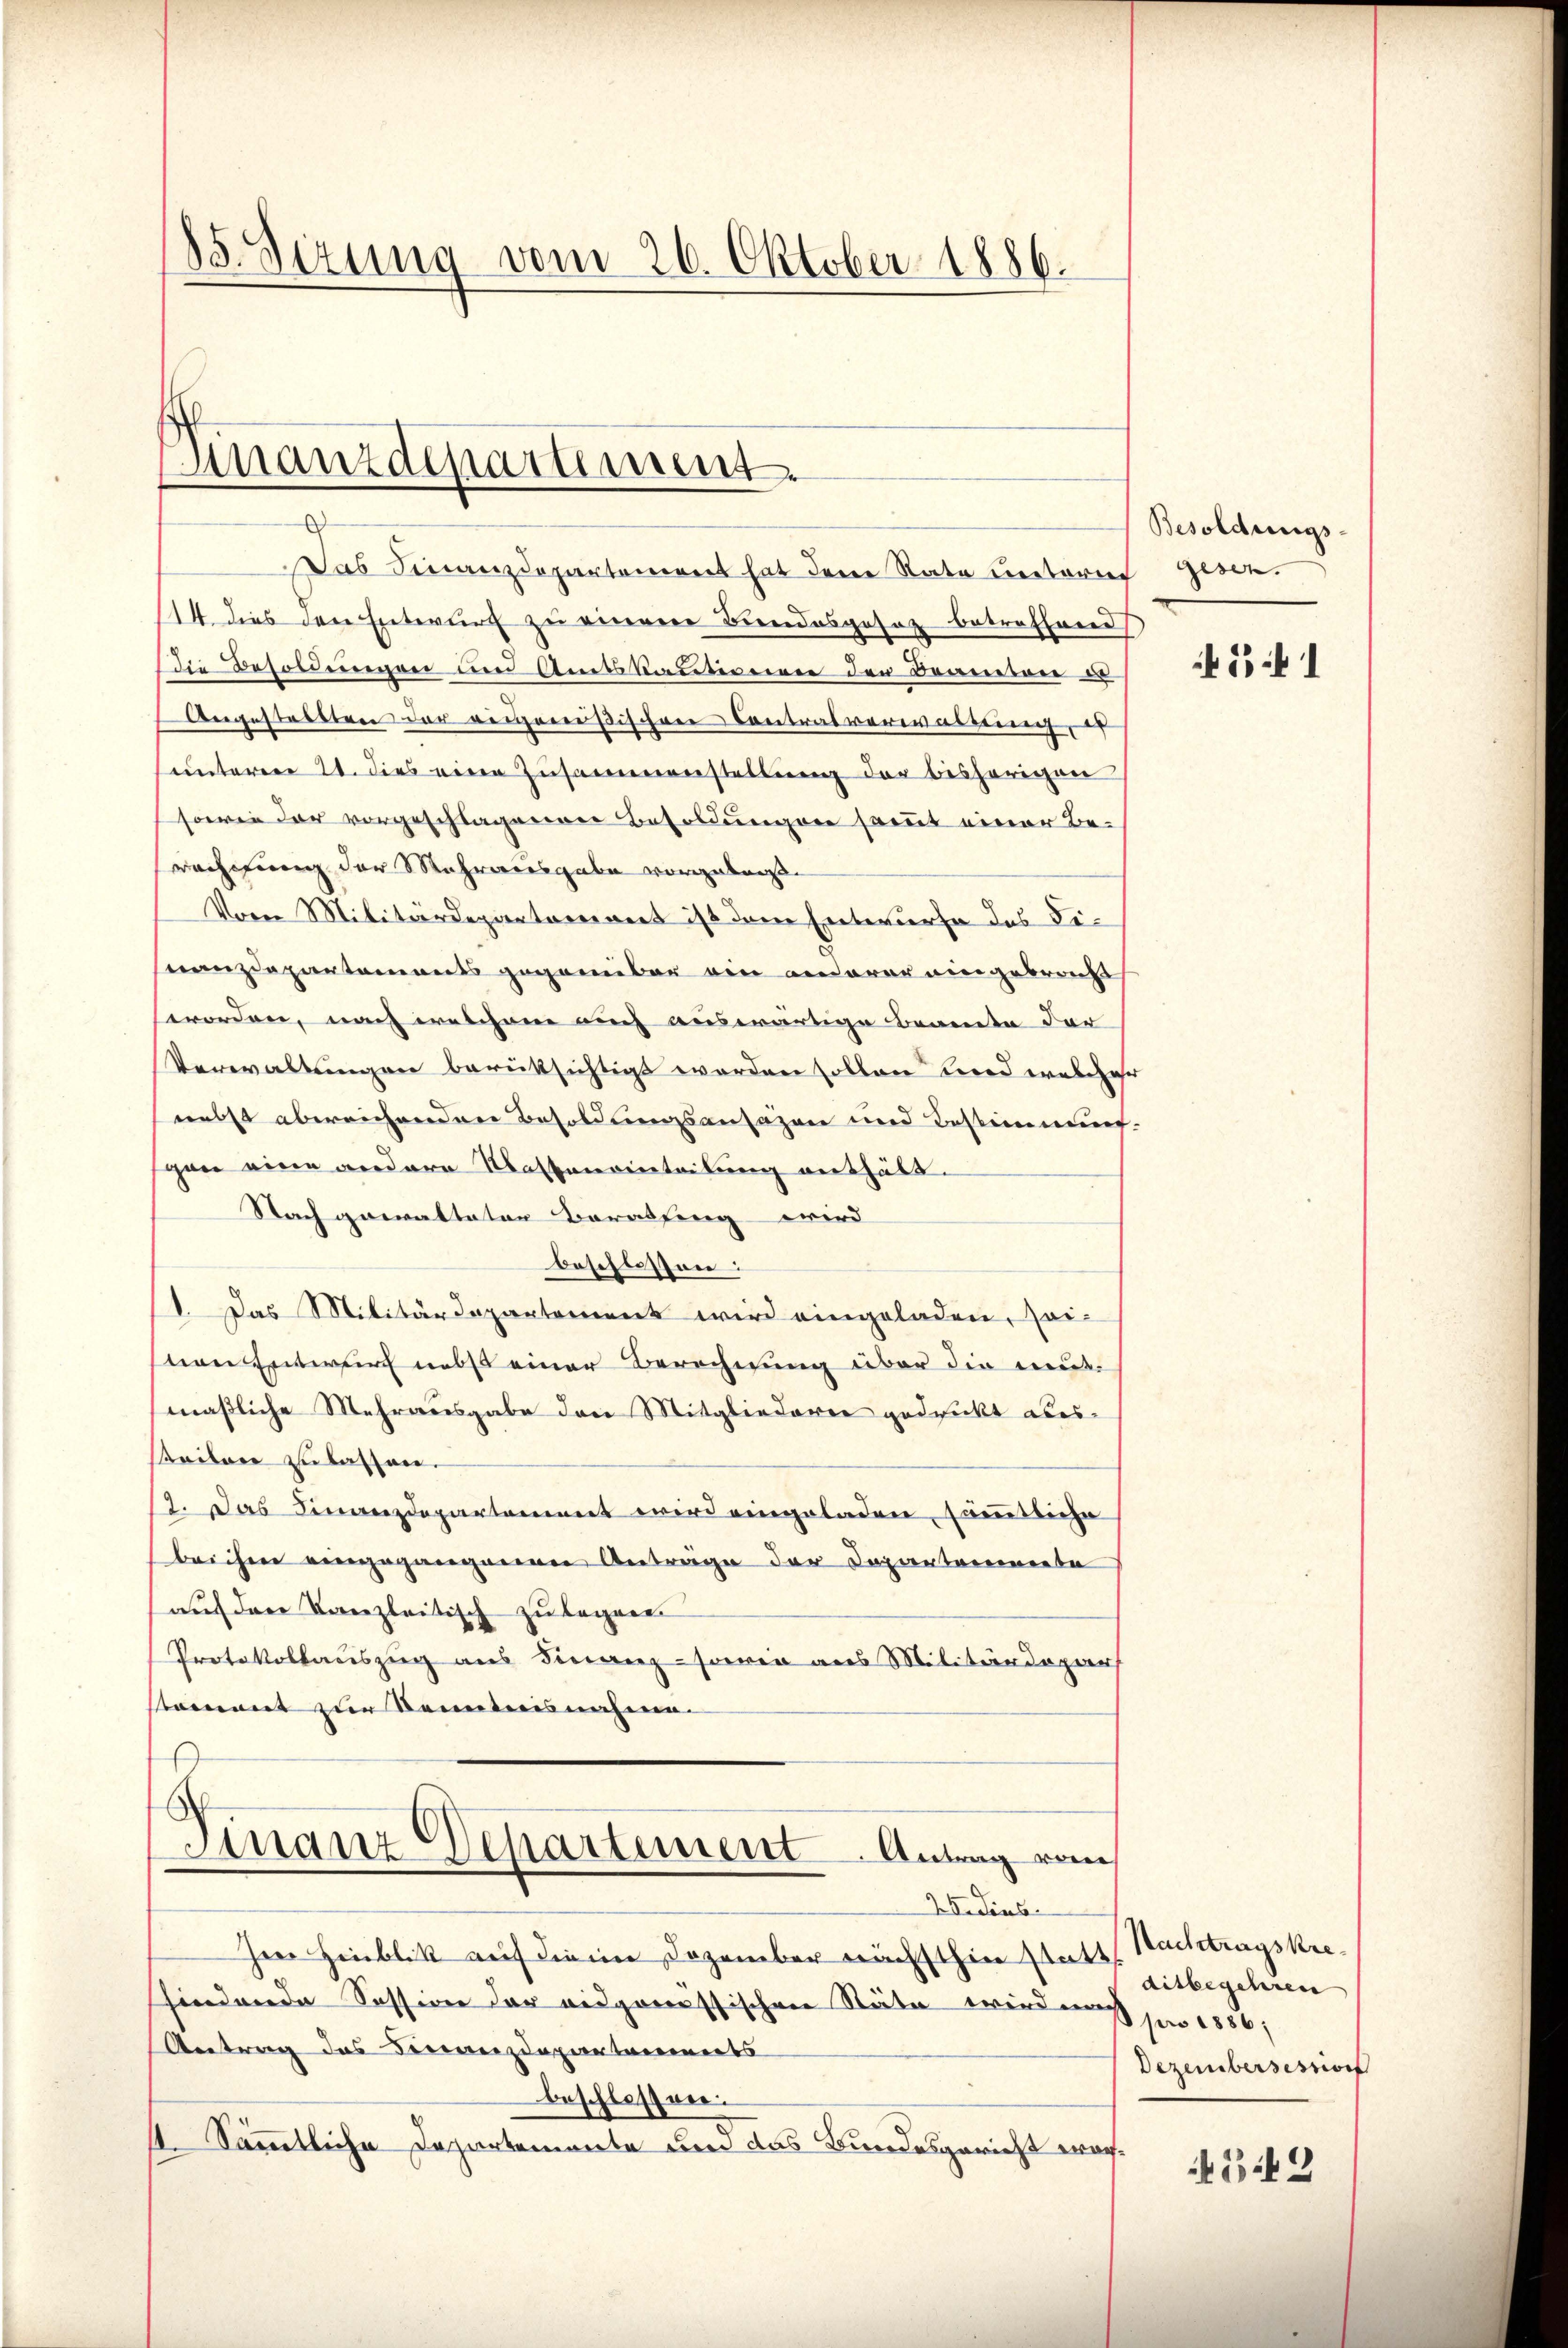
Das Finanzdepartement hat dem Rate unteres gesen.
14. dies den Entwurf zu einere Bundesgesaz betreffend
Die Besoldungen und Amtskautission den Beamten u
Angestellten der ausgenößischen Contralverwaltung, es
unteren 21. dies eine Zusammenstellung der bisherigen
sowie der vorgeschlagener Besoldungen samt einer Berachtung der Mehrausgabe vorgebniß¬
Vom Militärdepartement ist dem Entwurfe des Fisnanzdepartements gegenüber ein anderer eingebracht
worden, nach welchem auch auswärtige Beamte der
Verwaltungen berüksichtigt worden sollen Bord eracher
nebst abweichenden Besoldungsansazen und Bestimmung.
gen eine andere Masseneinteilung aushält.
Nach gewalteten Beratsing wird
beschlossen:
1. Das Militärdepartement wird eingeladen, seivon Entwurf nebst einer Berechnung über die neutmaßliche Mehrausgabe den Mitgliederer gedruckt aberteilen zu lassen.
17. Das Finanzdepartement wird eingeladen, sämmtliche
beichen eingegangenen Anträge der Departonierte
auf der Kanzleitisch zu legene
Protokollauszug aus Finanz-sowie aus Militärdepar
stament zur Kenntnisnahme.

85. Sizung vom 26. Oktober 1886.

Finanzdepartimmt.

Finanz Departement. Antrag von
25 dies

Ie Hinblik auf die in Dezember nächsthin statt Nachtragskrefindende Session der vidporrestischen Stäte wird es pro 1886,
Antrag des Finanzdepartareinets
beschlossen.
1. Sämmtliche Departemente um das Bundesgericht wor¬

Besoldungs-

13 1

ditbegehren |
Dezembersession

33 f 3